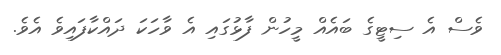
ވެސް އެ ސިޓީގެ ބައެއް މީހުން ފާޅުގައި އެ ވާހަކަ ދައްކާފައިވެ އެވެ.